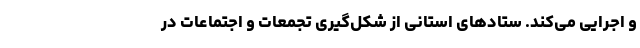
و اجرایی می‌کند. ستادهای استانی از شکل‌گیری تجمعات و اجتماعات در